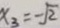
x _ { 3 } = - \sqrt { 2 }